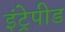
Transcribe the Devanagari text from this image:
इंट्रेपीड